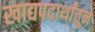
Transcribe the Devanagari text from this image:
खाद्यपदार्थांतून